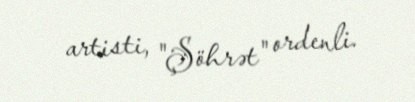
artisti, "Şöhrət" ordenli.